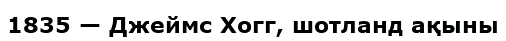
1835 — Джеймс Хогг, шотланд ақыны